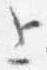
上